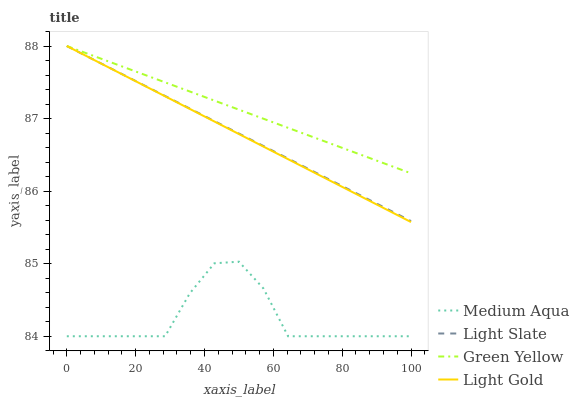
| xaxis_label | Medium Aqua | Light Slate | Green Yellow | Light Gold |
 | --- | --- | --- | --- | --- |
 | 0 | 84 | 88 | 88 | 88 |
 | 7.14 | 84 | 87.8 | 87.9 | 87.8 |
 | 14.3 | 84 | 87.7 | 87.7 | 87.7 |
 | 21.4 | 84 | 87.5 | 87.6 | 87.5 |
 | 28.6 | 84 | 87.3 | 87.5 | 87.3 |
 | 35.7 | 84.6 | 87.1 | 87.4 | 87.1 |
 | 42.9 | 85 | 87 | 87.2 | 87 |
 | 50 | 85 | 86.8 | 87.1 | 86.8 |
 | 57.1 | 84.7 | 86.6 | 87 | 86.6 |
 | 64.3 | 84 | 86.4 | 86.9 | 86.4 |
 | 71.4 | 84 | 86.3 | 86.7 | 86.3 |
 | 78.6 | 84 | 86.1 | 86.6 | 86.1 |
 | 85.7 | 84 | 85.9 | 86.5 | 85.9 |
 | 92.9 | 84 | 85.8 | 86.4 | 85.7 |
 | 100 | 84 | 85.6 | 86.2 | 85.6 |